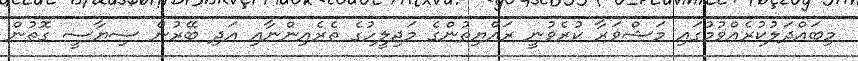
މިބައްދަލުކުރެއްވުމުގައި މަޝްވަރާ ކުރެވުނީ ރައްޔިތުންގެ މަޖިލީހުގެ ތެރެއިންނާއި އަދި ބޭރުން ސިޔާސީ ގޮތުން